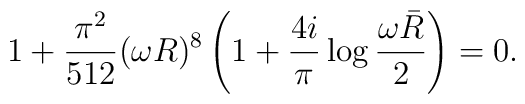
1+\frac{\pi^2}{512}(\omega R)^8\left(1+\frac{4i}{\pi}\log\frac{\omega \bar{R}}{2} \right) = 0.